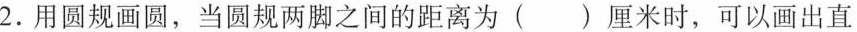
2.用圆规画圆，当圆规两脚之间的距离为( )厘米时，可以画出直